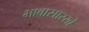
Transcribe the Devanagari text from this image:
भावासारखे